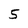
Character: 5